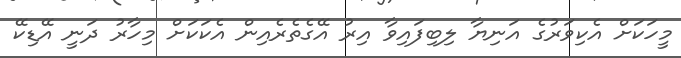
މީހަކަށް އެކިވަރުގެ އަނިޔާ ލިބިފައިވާ އިރު އޭގެތެރެއިން އެކަކަށް މިހާރު ދަނީ އޭޑިކޭ